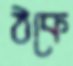
ঠকে